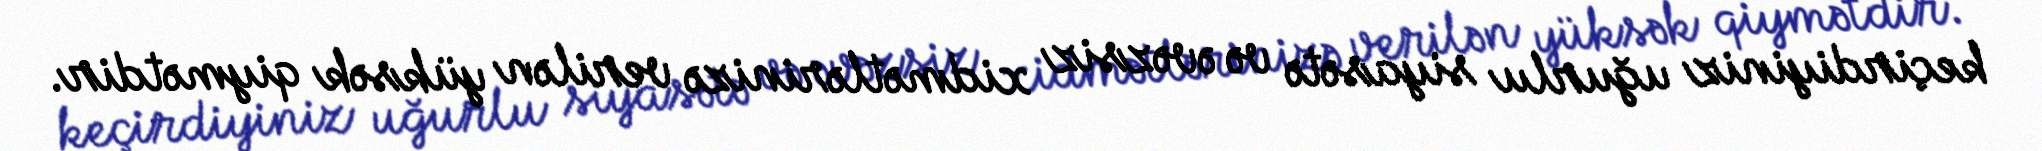
keçirdiyiniz uğurlu siyasətə və əvəzsiz xidmətlərinizə verilən yüksək qiymətdir.